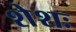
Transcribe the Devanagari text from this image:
शेशः